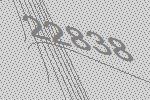
22838